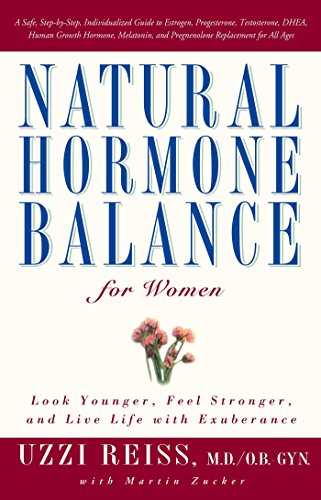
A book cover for Natural Hormone Balance for Women: Look Younger, Feel Stronger, and Live Life with Exuberance; Uzzi Reiss; Health, Fitness & Dieting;